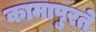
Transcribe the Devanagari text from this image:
कामापुरते